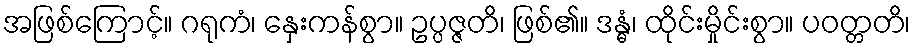
အဖြစ်ကြောင့်။ ဂရုကံ၊ နှေးကန်စွာ။ ဥပ္ပဇ္ဇတိ၊ ဖြစ်၏။ ဒန္ဓံ၊ ထိုင်းမှိုင်းစွာ။ ပဝတ္တတိ၊